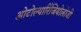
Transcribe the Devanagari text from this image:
ओटोल्यारिंजियोलोजी